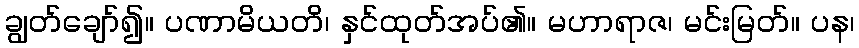
ချွတ်ချော်၍။ ပဏာမိယတိ၊ နှင်ထုတ်အပ်၏။ မဟာရာဇ၊ မင်းမြတ်။ ပန၊